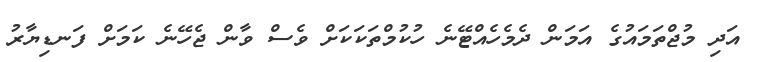
އަދި މުޖްތަމައުގެ އަމަން ދެމެހެއްޓޭނެ ހުކުމްތަކަކަށް ވެސް ވާން ޖެހޭނެ ކަމަށް ފަނޑިޔާރު